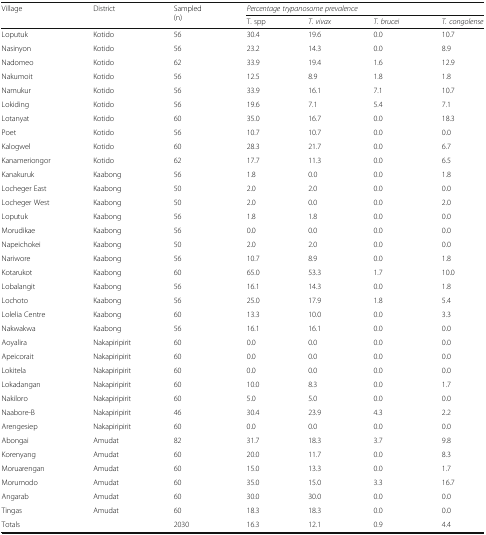
<table><thead><tr><td rowspan="2"><b>Village</b></td><td rowspan="2"><b>District</b></td><td rowspan="2"><b>Sampled (n)</b></td><td colspan="4"><b><i>Percentage trypanosome prevalence</i></b></td></tr><tr><td><b>T. spp</b></td><td><b><i>T. vivax</i></b></td><td><b><i>T. brucei</i></b></td><td><b><i>T. congolense</i></b></td></tr></thead><tbody><tr><td>Loputuk</td><td>Kotido</td><td>56</td><td>30.4</td><td>19.6</td><td>0.0</td><td>10.7</td></tr><tr><td>Nasinyon</td><td>Kotido</td><td>56</td><td>23.2</td><td>14.3</td><td>0.0</td><td>8.9</td></tr><tr><td>Nadomeo</td><td>Kotido</td><td>62</td><td>33.9</td><td>19.4</td><td>1.6</td><td>12.9</td></tr><tr><td>Nakumoit</td><td>Kotido</td><td>56</td><td>12.5</td><td>8.9</td><td>1.8</td><td>1.8</td></tr><tr><td>Namukur</td><td>Kotido</td><td>56</td><td>33.9</td><td>16.1</td><td>7.1</td><td>10.7</td></tr><tr><td>Lokiding</td><td>Kotido</td><td>56</td><td>19.6</td><td>7.1</td><td>5.4</td><td>7.1</td></tr><tr><td>Lotanyat</td><td>Kotido</td><td>60</td><td>35.0</td><td>16.7</td><td>0.0</td><td>18.3</td></tr><tr><td>Poet</td><td>Kotido</td><td>56</td><td>10.7</td><td>10.7</td><td>0.0</td><td>0.0</td></tr><tr><td>Kalogwel</td><td>Kotido</td><td>60</td><td>28.3</td><td>21.7</td><td>0.0</td><td>6.7</td></tr><tr><td>Kanameriongor</td><td>Kotido</td><td>62</td><td>17.7</td><td>11.3</td><td>0.0</td><td>6.5</td></tr><tr><td>Kanakuruk</td><td>Kaabong</td><td>56</td><td>1.8</td><td>0.0</td><td>0.0</td><td>1.8</td></tr><tr><td>Locheger East</td><td>Kaabong</td><td>50</td><td>2.0</td><td>2.0</td><td>0.0</td><td>0.0</td></tr><tr><td>Locheger West</td><td>Kaabong</td><td>50</td><td>2.0</td><td>0.0</td><td>0.0</td><td>2.0</td></tr><tr><td>Loputuk</td><td>Kaabong</td><td>56</td><td>1.8</td><td>1.8</td><td>0.0</td><td>0.0</td></tr><tr><td>Morudikae</td><td>Kaabong</td><td>56</td><td>0.0</td><td>0.0</td><td>0.0</td><td>0.0</td></tr><tr><td>Napeichokei</td><td>Kaabong</td><td>50</td><td>2.0</td><td>2.0</td><td>0.0</td><td>0.0</td></tr><tr><td>Nariwore</td><td>Kaabong</td><td>56</td><td>10.7</td><td>8.9</td><td>0.0</td><td>1.8</td></tr><tr><td>Kotarukot</td><td>Kaabong</td><td>60</td><td>65.0</td><td>53.3</td><td>1.7</td><td>10.0</td></tr><tr><td>Lobalangit</td><td>Kaabong</td><td>56</td><td>16.1</td><td>14.3</td><td>0.0</td><td>1.8</td></tr><tr><td>Lochoto</td><td>Kaabong</td><td>56</td><td>25.0</td><td>17.9</td><td>1.8</td><td>5.4</td></tr><tr><td>Lolelia Centre</td><td>Kaabong</td><td>60</td><td>13.3</td><td>10.0</td><td>0.0</td><td>3.3</td></tr><tr><td>Nakwakwa</td><td>Kaabong</td><td>56</td><td>16.1</td><td>16.1</td><td>0.0</td><td>0.0</td></tr><tr><td>Aoyalira</td><td>Nakapiripirit</td><td>60</td><td>0.0</td><td>0.0</td><td>0.0</td><td>0.0</td></tr><tr><td>Apeicorait</td><td>Nakapiripirit</td><td>60</td><td>0.0</td><td>0.0</td><td>0.0</td><td>0.0</td></tr><tr><td>Lokitela</td><td>Nakapiripirit</td><td>60</td><td>0.0</td><td>0.0</td><td>0.0</td><td>0.0</td></tr><tr><td>Lokadangan</td><td>Nakapiripirit</td><td>60</td><td>10.0</td><td>8.3</td><td>0.0</td><td>1.7</td></tr><tr><td>Nakiloro</td><td>Nakapiripirit</td><td>60</td><td>5.0</td><td>5.0</td><td>0.0</td><td>0.0</td></tr><tr><td>Naabore-B</td><td>Nakapiripirit</td><td>46</td><td>30.4</td><td>23.9</td><td>4.3</td><td>2.2</td></tr><tr><td>Arengesiep</td><td>Nakapiripirit</td><td>60</td><td>0.0</td><td>0.0</td><td>0.0</td><td>0.0</td></tr><tr><td>Abongai</td><td>Amudat</td><td>82</td><td>31.7</td><td>18.3</td><td>3.7</td><td>9.8</td></tr><tr><td>Korenyang</td><td>Amudat</td><td>60</td><td>20.0</td><td>11.7</td><td>0.0</td><td>8.3</td></tr><tr><td>Moruarengan</td><td>Amudat</td><td>60</td><td>15.0</td><td>13.3</td><td>0.0</td><td>1.7</td></tr><tr><td>Morumodo</td><td>Amudat</td><td>60</td><td>35.0</td><td>15.0</td><td>3.3</td><td>16.7</td></tr><tr><td>Angarab</td><td>Amudat</td><td>60</td><td>30.0</td><td>30.0</td><td>0.0</td><td>0.0</td></tr><tr><td>Tingas</td><td>Amudat</td><td>60</td><td>18.3</td><td>18.3</td><td>0.0</td><td>0.0</td></tr><tr><td>Totals</td><td></td><td>2030</td><td>16.3</td><td>12.1</td><td>0.9</td><td>4.4</td></tr></tbody></table>